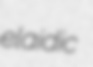
elaidic